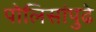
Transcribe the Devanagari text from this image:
पोलिसांपुढे